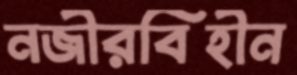
নজীরবিহীন